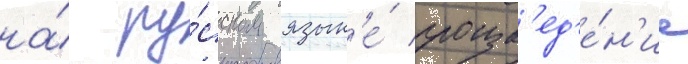
на́ ру́сском язык'е́ произв'ед'е́н'ие